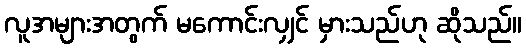
လူအများအတွက် မကောင်းလျှင် မှားသည်ဟု ဆိုသည်။